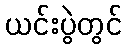
ယင်းပွဲတွင်